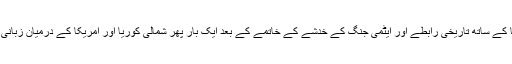
امریکا کے شمالی کوریا کے ساتھ تاریخی رابطے اور ایٹمی جنگ کے خدشے کے خاتمے کے بعد ایک بار پھر شمالی کوریا اور امریکا کے درمیان زبانی جنگ کا آغاز ہوگیا ہے۔